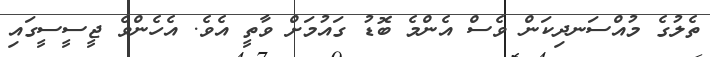
ތެލުގެ މުއްސަނދިކަން ވެސް އެންމެ ބޮޑު ގައުމަށް ވާތީ އެވެ. އެހެންވެ ޖީސީސީގައި